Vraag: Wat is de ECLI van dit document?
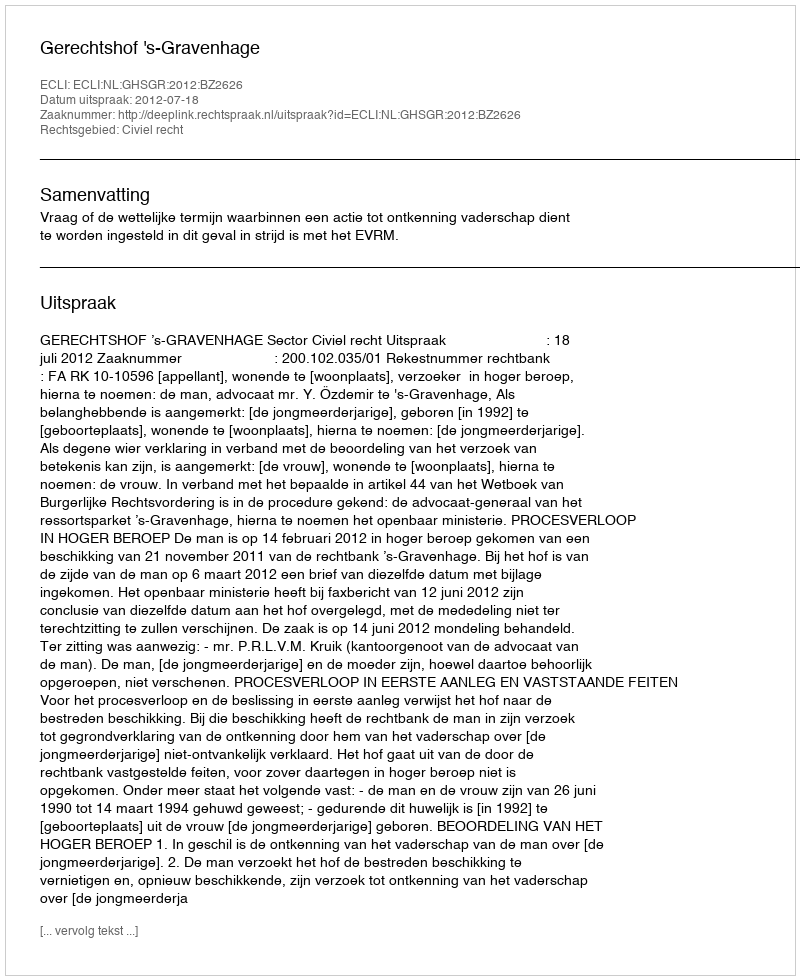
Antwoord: ECLI:NL:GHSGR:2012:BZ2626